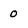
Character: 0